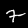
Label: 7